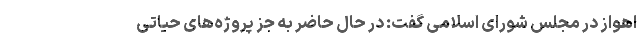
اهواز در مجلس شورای اسلامی گفت: در حال حاضر به جز پروژه‌های حیاتی